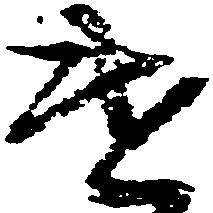
遣